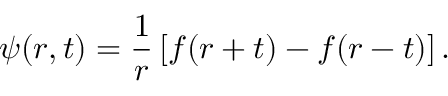
\psi ( r , t ) = { \frac { 1 } { r } } \left[ f ( r + t ) - f ( r - t ) \right] .